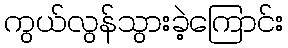
ကွယ်လွန်သွားခဲ့ကြောင်း